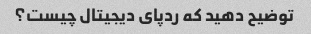
توضیح دهید که ردپای دیجیتال چیست؟